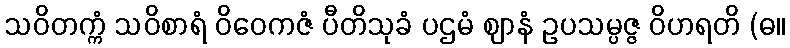
သဝိတက္ကံ သဝိစာရံ ဝိဝေကဇံ ပီတိသုခံ ပဌမံ ဈာနံ ဥပသမ္ပဇ္ဇ ဝိဟရတိ (ဓ။